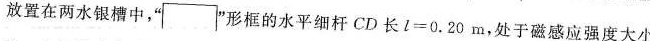
放置在两水银槽中，””形框的水平细杆CD长1=0.20m，处于磁感应强度大小